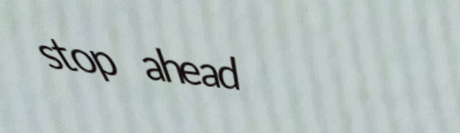
stop ahead